Juri_Uluots, lk 21
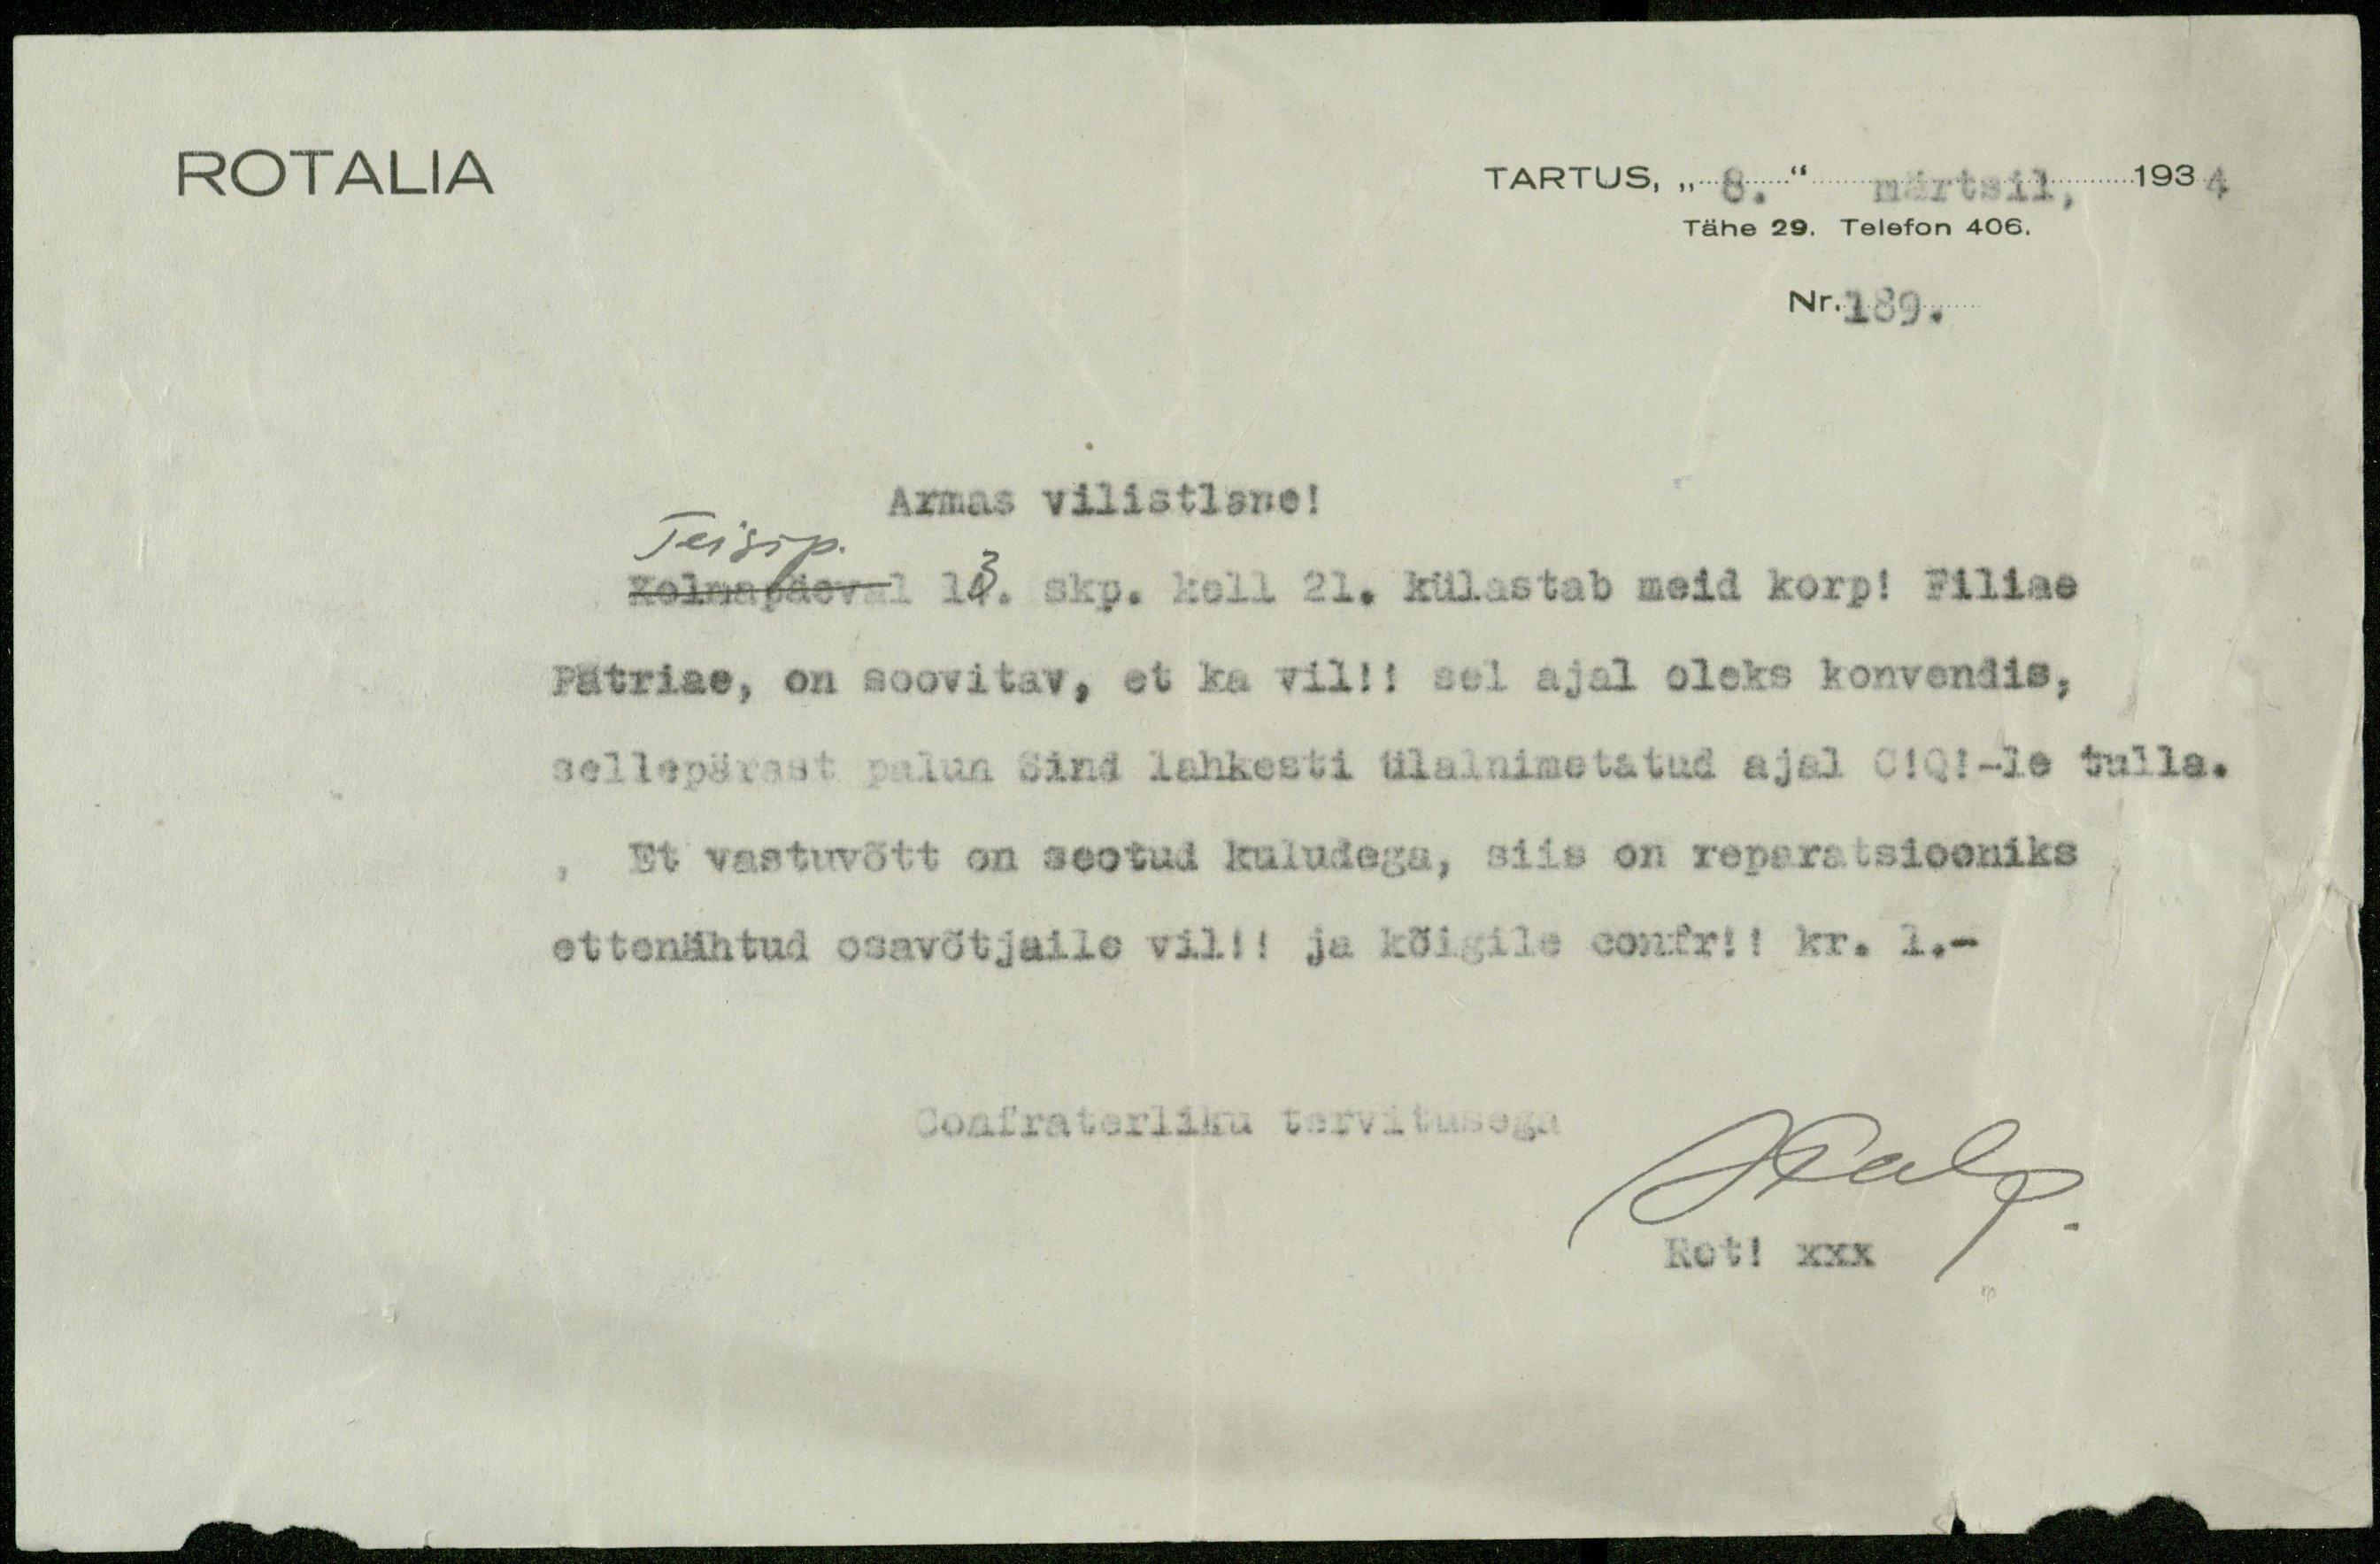
ROTALIA
TARTUS, " 8." märtsil, 1934
Tähe 29. Telefon 406.
Nr.189.
Armas vilistlane!
Teisip.
Kolmapäeval 13. skp. kell 21. külastab meid korp! Filiae
Patriae, on soovitav, et ka vil!! sel ajal oleks konvendis,
sellepärast palun Sind lahkesti ülalnimetatud ajal C!Q!-le tulla.
Et vastuvõtt on seotud kuludega, siis on reparatsiooniks
ettenähtud osavõtjaile vil!! ja kõigile confr!! kr. 1.-
Confraterliku tervitusega
JPalg.
Rot! xxx